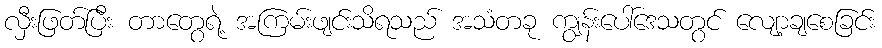
လှီးဖြတ်ပြီး တာတွေရဲ့ အကြမ်းဖျင်းသိရသည် အသံတခု ကျွန်းပေါ်ဒေသတွင် လျော့ချစေခြင်း